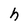
Character: h